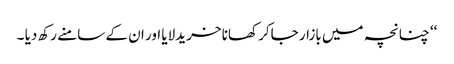
‘‘ چنانچہ میں بازار جاکر کھانا خریدلایا اور ان کے سامنے رکھ دیا ۔